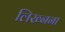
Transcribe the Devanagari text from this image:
लिख्नना